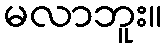
မလာဘူး။